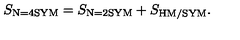
S _ { \mathrm { \scriptsize N = 4 S Y M } } = S _ { \mathrm { \scriptsize N = 2 S Y M } } + S _ { \mathrm { \scriptsize H M / S Y M } } .